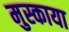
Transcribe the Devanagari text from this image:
मुस्काया